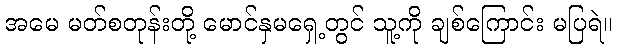
အမေ မတ်စတုန်းတို့ မောင်နှမရှေ့တွင် သူ့ကို ချစ်ကြောင်း မပြရဲ။